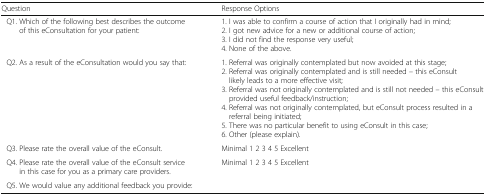
<table><thead><tr><td><b>Question</b></td><td><b>Response Options</b></td></tr></thead><tbody><tr><td> Q1. Which of the following best describes the outcome of this eConsultation for your patient:</td><td>1. I was able to confirm a course of action that I originally had in mind;2. I got new advice for a new or additional course of action;3. I did not find the response very useful;4. None of the above.</td></tr><tr><td> Q2. As a result of the eConsultation would you say that:</td><td>1. Referral was originally contemplated but now avoided at this stage;2. Referral was originally contemplated and is still needed – this eConsult likely leads to a more effective visit;3. Referral was not originally contemplated and is still not needed – this eConsult provided useful feedback/instruction;4. Referral was not originally contemplated, but eConsult process resulted in a referral being initiated;5. There was no particular benefit to using eConsult in this case;6. Other (please explain).</td></tr><tr><td> Q3. Please rate the overall value of the eConsult.</td><td>Minimal 1 2 3 4 5 Excellent</td></tr><tr><td> Q4. Please rate the overall value of the eConsult service in this case for you as a primary care providers.</td><td>Minimal 1 2 3 4 5 Excellent</td></tr><tr><td> Q5. We would value any additional feedback you provide:</td><td></td></tr></tbody></table>